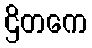
ဌိတကေ